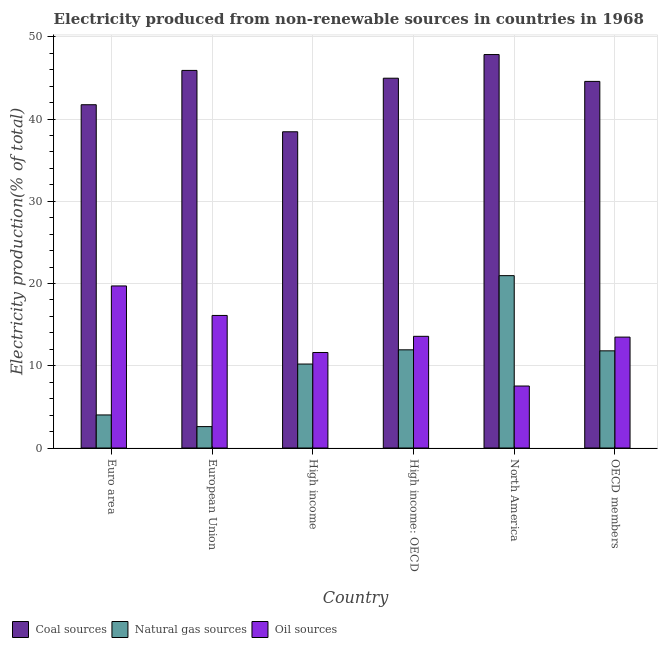
| Country | Coal sources | Natural gas sources | Oil sources |
 | --- | --- | --- | --- |
 | Euro area | 41.7 | 4.02 | 19.7 |
 | European Union | 45.9 | 2.6 | 16.1 |
 | High income | 38.4 | 10.2 | 11.6 |
 | High income: OECD | 45 | 11.9 | 13.6 |
 | North America | 47.8 | 21 | 7.54 |
 | OECD members | 44.6 | 11.8 | 13.5 |